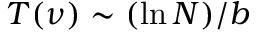
T ( \nu ) \sim ( \ln { N } ) / b